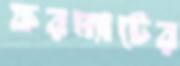
ফরম্যাটের